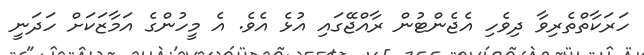
ހަރަކާތްތެރިވާ ދިވެހި އެޖެންޓުން ރާއްޖޭގައި އުޅެ އެވެ. އެ މީހުންގެ އަމާޒަކަށް ހަދަނީ